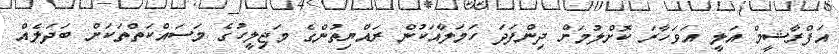
އަފްރާޝީމް އަލީ އަވަހާރަ ކޮށްލުމަށް ދިންފަދަ ހަމަލާއަކުން ރައްޔިތުންގެ މަޖިލީހުގެ މަސައްކަތްތަކަށް ބަދަލެއް